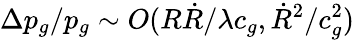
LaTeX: \Delta p_{g}/p_{g}\sim O(R\dot{R}/\lambda c_{g},\dot{R}^{2}/c_{g}^{2})